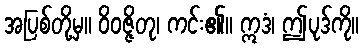
အပြစ်တို့မှ။ ဝိဝဇ္ဇိတု၊ ကင်း၏။ ဣဒံ၊ ဤပုဒ်ကို။